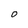
Character: O